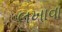
લખાવા